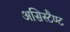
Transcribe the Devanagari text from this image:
असिस्टैण्ट